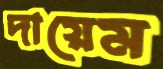
দায়েম